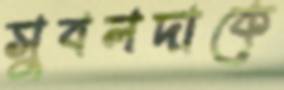
সুবলদাকে